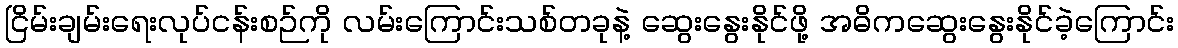
ငြိမ်းချမ်းရေးလုပ်ငန်းစဉ်ကို လမ်းကြောင်းသစ်တခုနဲ့ ဆွေးနွေးနိုင်ဖို့ အဓိကဆွေးနွေးနိုင်ခဲ့ကြောင်း